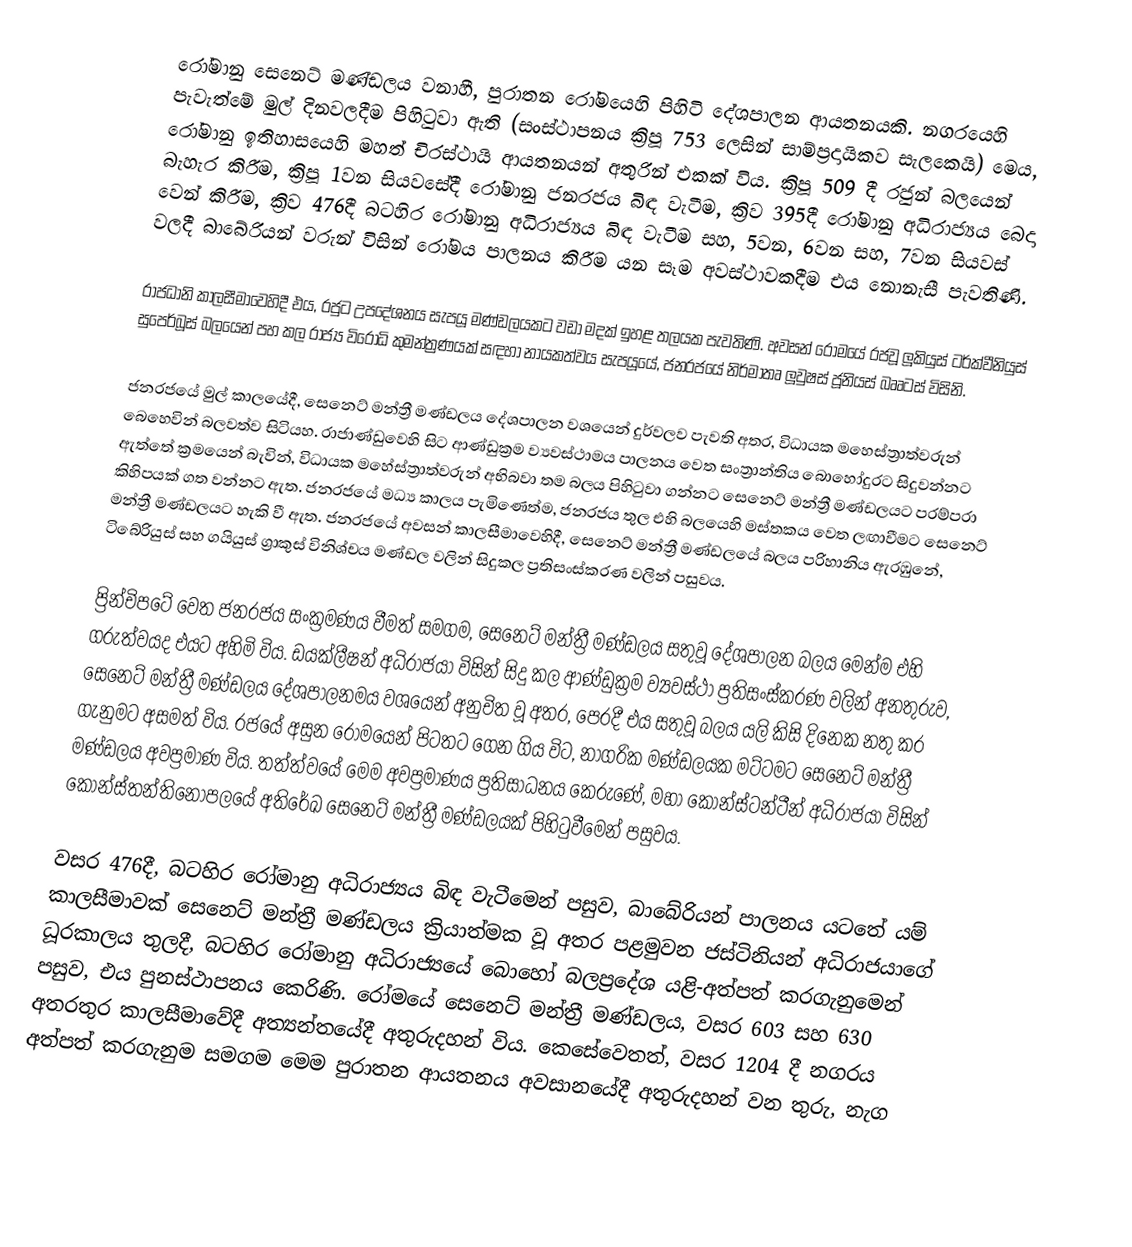
රෝමානු සෙනෙට් මණ්ඩලය වනාහී,  පුරාතන රෝමයෙහි පිහිටි දේශපාලන ආයතනයකි. නගරයෙහි පැවැත්මේ  මුල් දිනවලදීම පිහිටුවා ඇති (සංස්ථාපනය ක්‍රිපූ 753 ලෙසින් සාම්ප්‍රදායිකව සැලකෙයි) මෙය, රෝමානු ඉතිහාසයෙහි මහත් චිරස්ථායි ආයතනයන් අතුරින් එකක් විය. ක්‍රිපූ 509 දී  රජුන් බලයෙන් බැහැර කිරීම, ක්‍රිපූ 1වන සියවසේදී රෝමානු ජනරජය බිඳ වැටීම, ක්‍රිව 395දී  රෝමානු අධිරාජ්‍යය බෙදා වෙන් කිරීම, ක්‍රිව 476දී බටහිර රෝමානු අධිරාජ්‍යය බිඳ වැටීම සහ, 5වන, 6වන සහ, 7වන සියවස් වලදී බාබේරියන් වරුන් විසින් රෝමය පාලනය කිරීම යන සෑම අවස්ථාවකදීම එය නොනැසී පැවතිණි.

රාජධානි කාලසීමාවෙහිදී එය, රජුට උපදේශනය සැපයූ මණ්ඩලයකට වඩා මදක් ඉහළ තලයක පැවතිණි. අවසන් රෝමයේ රජවූ ලූකියුස් ටර්ක්වීනියුස් සුපෙර්බූස් බලයෙන් පහ කල රාජ්‍ය විරෝධි කුමන්ත්‍රණයක් සඳහා නායකත්වය සැපයූයේ, ජනරජයේ නිර්මාතෘ ලූවුෂස් ජූනියස් බෲටස් විසිනි.

ජනරජයේ මුල් කාලයේදී, සෙනෙට් මන්ත්‍රී මණ්ඩලය දේශපාලන වශයෙන් දුර්වලව පැවති අතර, විධායක මහෙස්ත්‍රාත්වරුන් බෙහෙවින් බලවත්ව සිටියහ. රාජාණ්ඩුවෙහි සිට ආණ්ඩුක්‍රම ව්‍යවස්ථාමය පාලනය වෙත සංත්‍රාන්තිය බොහෝදුරට සිදුවන්නට ඇත්තේ ක්‍රමයෙන් බැවින්, විධායක මහේස්ත්‍රාත්වරුන් අභිබවා තම බලය පිහිටුවා ගන්නට සෙනෙට් මන්ත්‍රී මණ්ඩලයට පරම්පරා කිහිපයක් ගත වන්නට ඇත. ජනරජයේ මධ්‍ය කාලය පැමිණෙත්ම, ජනරජය තුල එහි බලයෙහි මස්තකය වෙත ලඟාවීමට සෙනෙට් මන්ත්‍රී මණ්ඩලයට හැකි වී ඇත. ජනරජයේ අවසන් කාලසීමාවෙහිදී, සෙනෙට් මන්ත්‍රී මණ්ඩලයේ බලය පරිහානිය ඇරඹුනේ, ටිබේරියුස් සහ ගයියුස් ග්‍රාකුස් විනිශ්චය මණ්ඩල වලින් සිදුකල ප්‍රතිසංස්කරණ වලින් පසුවය.

ප්‍රින්චිපටේ වෙත ජනරජය සංක්‍රමණය වීමත් සමගම, සෙනෙට් මන්ත්‍රී මණ්ඩලය සතුවූ දේශපාලන බලය මෙන්ම එහි ගරුත්වයද එයට අහිමි විය. ඩයක්ලීෂන් අධිරාජයා විසින් සිදු කල ආණ්ඩුක්‍රම ව්‍යවස්ථා ප්‍රතිසංස්කරණ වලින් අනතුරුව, සෙනෙට් මන්ත්‍රී මණ්ඩලය දේශපාලනමය වශයෙන් අනුචිත වූ අතර, පෙරදී එය සතුවූ බලය යලි කිසි දිනෙක නතු කර ගැනුමට අසමත් විය. රජයේ අසුන රෝමයෙන් පිටතට ගෙන ගිය විට, නාගරික මණ්ඩලයක මට්ටමට  සෙනෙට් මන්ත්‍රී මණ්ඩලය අවප්‍රමාණ විය. තත්ත්වයේ මෙම අවප්‍රමාණය ප්‍රතිසාධනය කෙරුණේ,  මහා කොන්ස්ටන්ටීන් අධිරාජයා විසින්  කොන්ස්තන්තිනෝපලයේ අතිරේඛ සෙනෙට් මන්ත්‍රී මණ්ඩලයක්  පිහිටුවීමෙන් පසුවය.

වසර 476දී, බටහිර රෝමානු අධිරාජ්‍යය  බිඳ වැටීමෙන් පසුව, බාබේරියන් පාලනය යටතේ යම් කාලසීමාවක් සෙනෙට් මන්ත්‍රී මණ්ඩලය ක්‍රියාත්මක වූ අතර පළමුවන ජස්ටිනියන් අධිරාජයාගේ ධූරකාලය තුලදී, බටහිර රෝමානු අධිරාජ්‍යයේ බොහෝ බලප්‍රදේශ යළි-අත්පත් කරගැනුමෙන් පසුව, එය පුනස්ථාපනය කෙරිණි. රෝමයේ සෙනෙට් මන්ත්‍රී මණ්ඩලය, වසර 603 සහ 630 අතරතුර කාලසීමාවේදී අත්‍යන්තයේදී අතුරුදහන් විය. කෙසේවෙතත්, වසර 1204 දී නගරය අත්පත් කරගැනුම සමගම මෙම පුරාතන ආයතනය අවසානයේදී අතුරුදහන් වන තුරු, නැග